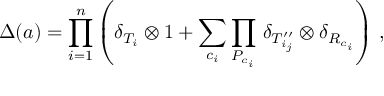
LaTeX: \Delta ( a ) = \prod _ { i = 1 } ^ { n } \left( \delta _ { T _ { i } } \otimes 1 + \sum _ { c _ { i } } \prod _ { P _ { c _ { i } } } \, \delta _ { T _ { i _ { j } } ^ { \prime \prime } } \otimes \delta _ { R _ { c _ { i } } } \right) \, ,